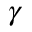
\gamma